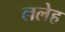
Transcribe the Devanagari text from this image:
ललेह